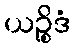
ယဉ္စိဒံ